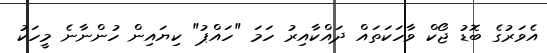
އެވަރުގެ ބޮޑު ޖޯކް ވާހަކަަތައް ދައްކާއިރު ހަމަ "ހައްޕު" ކިޔައިން ހުންނާނެ މީހަކު